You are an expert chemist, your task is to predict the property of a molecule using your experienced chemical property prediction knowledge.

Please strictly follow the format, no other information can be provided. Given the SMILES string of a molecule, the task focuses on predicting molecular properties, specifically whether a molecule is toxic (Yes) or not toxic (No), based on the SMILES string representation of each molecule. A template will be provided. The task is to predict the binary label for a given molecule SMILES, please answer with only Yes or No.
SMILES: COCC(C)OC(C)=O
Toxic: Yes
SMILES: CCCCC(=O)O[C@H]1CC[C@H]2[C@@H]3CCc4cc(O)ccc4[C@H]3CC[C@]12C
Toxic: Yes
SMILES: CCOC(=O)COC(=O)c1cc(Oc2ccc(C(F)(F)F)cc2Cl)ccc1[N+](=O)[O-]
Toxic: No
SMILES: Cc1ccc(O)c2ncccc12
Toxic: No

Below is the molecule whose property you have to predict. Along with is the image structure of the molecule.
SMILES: CCC(N)(CO)CO
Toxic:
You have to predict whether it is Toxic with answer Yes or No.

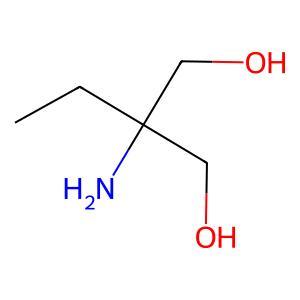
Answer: No